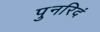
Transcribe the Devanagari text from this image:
पुनरिदं